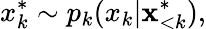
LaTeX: x_{k}^{*}\sim p_{k}(x_{k}|\mathbf{x}_{<k}^{*}),